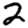
Digit: 2